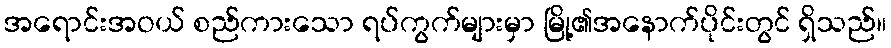
အရောင်းအဝယ် စည်ကားသော ရပ်ကွက်များမှာ မြို့၏အနောက်ပိုင်းတွင် ရှိသည်။